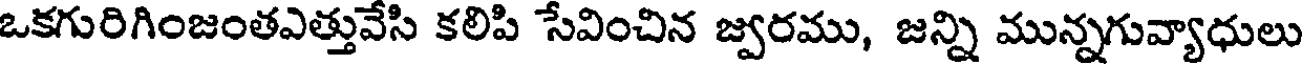
ఒకగురిగింజంతఎత్తువేసి కలిపి సేవించిన జ్వరము, జన్ని మున్నగువ్యాధులు